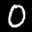
Label: 0